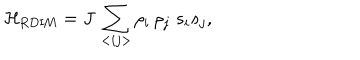
{ \cal H } _ { \mathrm { R D I M } } = J \, \sum _ { < i j > } \rho _ { i } \, \rho _ { j } \; s _ { i } s _ { j } ,